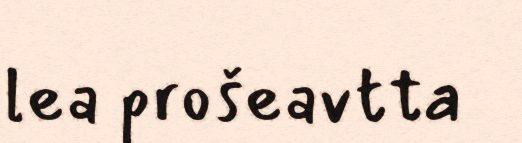
lea prošeavtta